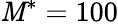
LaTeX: \mathit{M}^{*}=100